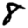
Digit: 8